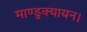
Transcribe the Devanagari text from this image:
माण्डुक्यायन।